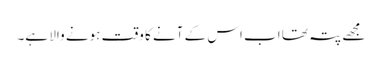
مجھے پتہ تھا اب اس کے آنے کا وقت ہونے والا ہے۔